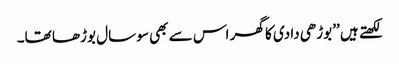
لکھتے ہیں ’’بوڑھی دادی کا گھر اس سے بھی سو سال بوڑھا تھا۔